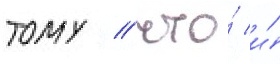
тому / что́ и́